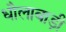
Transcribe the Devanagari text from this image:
धौलाबाड़ी